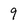
Character: 9